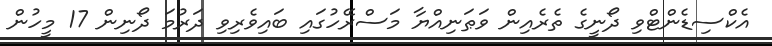
އެކްސިޑެންޓްވި ދޯނީގެ ތެރެއިން ވަޠަނިއްޔާ މަސްރޭހުގައި ބައިވެރިވި ދަރުމަ ދޯނިން 17 މީހުން